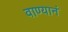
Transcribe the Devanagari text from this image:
वाण्यानं